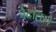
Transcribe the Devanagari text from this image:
वेदांतले